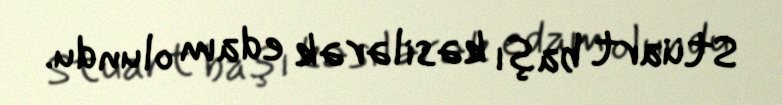
Stüart başı kəsilərək edam olundu.